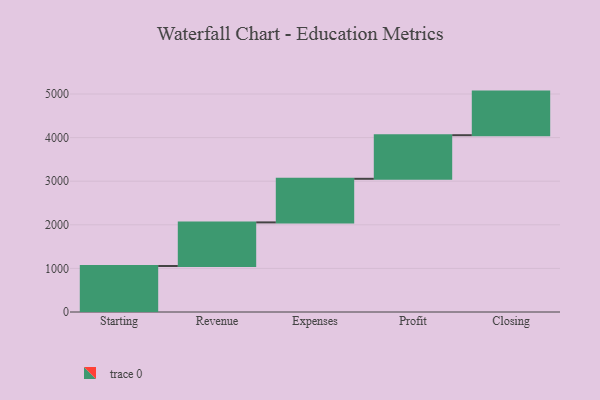
{"axis": {"x": "Step", "y": "Value"}, "legend": [""], "data": [{"x": "Starting", "y": 1055.0, "type": ""}, {"x": "Revenue", "y": 1000, "type": ""}, {"x": "Expenses", "y": 1000, "type": ""}, {"x": "Profit", "y": 1000, "type": ""}, {"x": "Closing", "y": 1000, "type": ""}]}